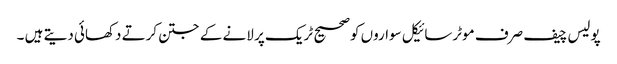
پولیس چیف صرف موٹرسائیکل سواروں کوصحیح ٹریک پر لانے کے جتن کرتے دکھائی دیتے ہیں ۔